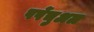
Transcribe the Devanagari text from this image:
पर्पेचुअल